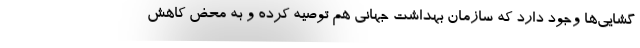
گشایی‌ها وجود دارد که سازمان بهداشت جهانی هم توصیه کرده و به محض کاهش